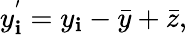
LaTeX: y_{\mathbf{i}}^{'}=y_{\mathbf{i}}-{\bar{{y}}}+{\bar{{z}}},